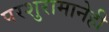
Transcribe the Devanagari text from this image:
परशुरामानेही